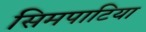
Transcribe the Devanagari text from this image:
सिमपाटिया